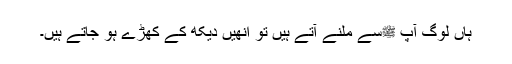
ہاں لوگ آپ ﷺسے ملنے آتے ہیں تو انھیں دیکھ کے کھڑے ہو جاتے ہیں۔